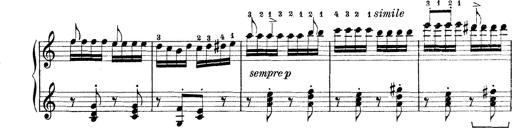
Title: Rapsodie: 19 ungheresi, 1 spagnuola
Composer: Franz Liszt